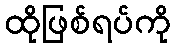
ထိုဖြစ်ရပ်ကို